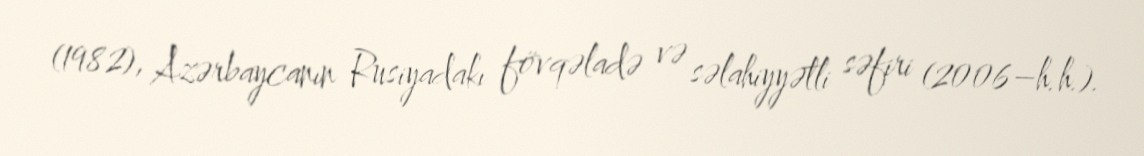
(1982), Azərbaycanın Rusiyadakı fövqəladə və səlahiyyətli səfiri (2006–h.h.).